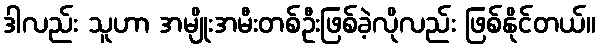
ဒါလည်း သူဟာ အမျိုးအမီးတစ်ဦးဖြစ်ခဲ့လိုလည်း ဖြစ်နိုင်တယ်။